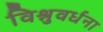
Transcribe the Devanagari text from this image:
विश्नुवर्धना